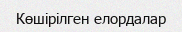
Көшірілген елордалар